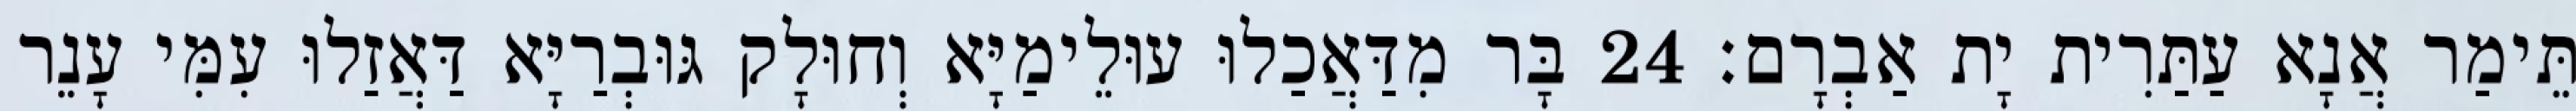
תֵּימַר אֲנָא עַתַּרִית יָת אַבְרָם׃ 24 בָּר מִדַּאֲכַלוּ עוּלֵימַיָּא וְחוּלָק גּוּבְרַיָּא דַּאֲזַלוּ עִמִּי עָנֵר